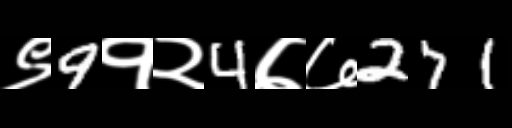
Text: ९9१२4७७271